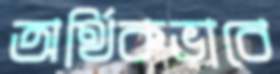
অর্থিকভাবে